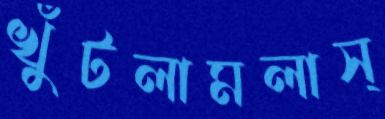
খুঁটলামলাস্